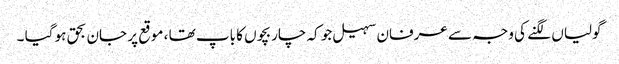
گولیاں لگنے کی وجہ سے عرفان سہیل جو کہ چار بچوں کا باپ تھا ، موقع پر جان بحق ہو گیا ۔